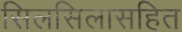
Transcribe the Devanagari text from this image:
सिलसिलासहित